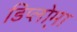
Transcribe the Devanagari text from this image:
डिप्लो्मा